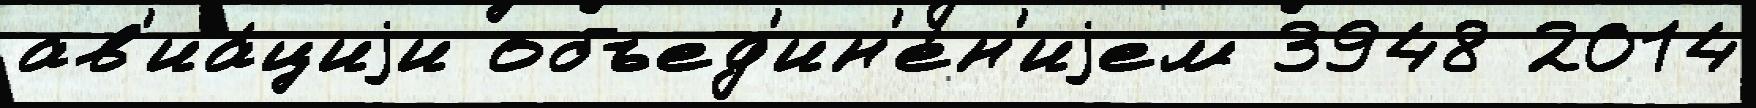
ав'иа́циjи объед'ин'е́н'иjем 3948 2014